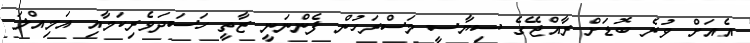
އެއަށް ވުރެ ބޮޑަށް ރާއްޖޭގެ ސިޔާސީ މަސްރަހުން ފެންނަނީ ޒާތީ ހަސަދަވެރިކަމާއި އަމިއްލަ